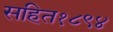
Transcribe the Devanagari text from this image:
सहित१८९४